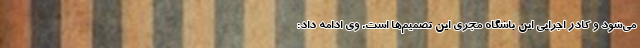
می‌شود و کادر اجرایی این باشگاه مجری این تصمیم‌ها است. وی ادامه داد: